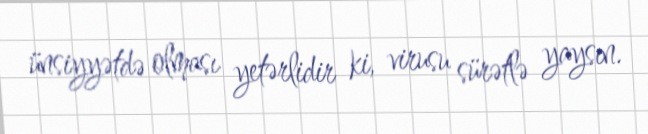
ünsiyyətdə olması yetərlidir ki, virusu sürətlə yaysın.